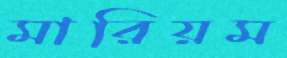
মারিয়ম